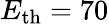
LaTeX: E_{\mathrm{th}}=70